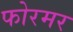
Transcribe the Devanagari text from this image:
फोरमर